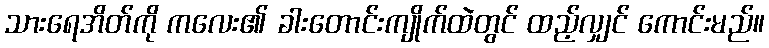
သားရေအိတ်ကို ကလေး၏ ခါးတောင်းကျိုက်ထဲတွင် ထည့်လျှင် ကောင်းမည်။